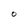
Character: O